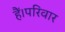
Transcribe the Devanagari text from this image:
हैं।परिवार